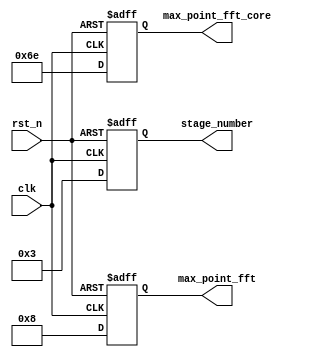
module para_input(clk,rst_n,stage_number,max_point_fft,max_point_fft_core);
input clk;
input rst_n;
output [3:0]stage_number;
reg    [3:0]stage_number;
output [11:0]max_point_fft;
reg    [11:0]max_point_fft;

output [15:0]max_point_fft_core;
reg    [15:0]max_point_fft_core;

always@(posedge clk or negedge rst_n) begin
  if (!rst_n) begin
    stage_number <= 0;
    max_point_fft <= 0;
    max_point_fft_core <= 0;
  end
  else begin
    stage_number <= 3;
    max_point_fft <= 8;
    max_point_fft_core <= 110;
  end
end
endmodule